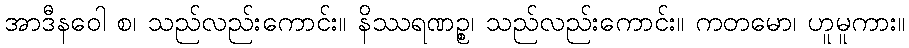
အာဒီနဝေါ စ၊ သည်လည်းကောင်း။ နိဿရဏဉ္စ၊ သည်လည်းကောင်း။ ကတမော၊ ဟူမူကား။